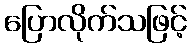
ပြောလိုက်သဖြင့်